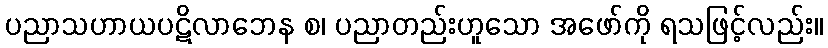
ပညာသဟာယပဋိလာဘေန စ၊ ပညာတည်းဟူသော အဖော်ကို ရသဖြင့်လည်း။